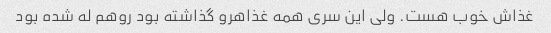
غذاش خوب هست. ولی این سری همه غذاهرو گذاشته بود روهم له شده بود